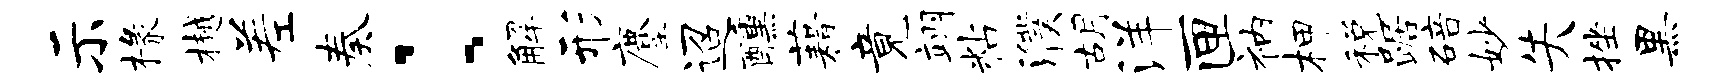
示椽樾差奏：解形麈迢醺藉竟翊粘濮胡洋匣衲柙税踞碚妙失挫黑